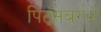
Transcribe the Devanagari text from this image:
पिट्सबर्गमें